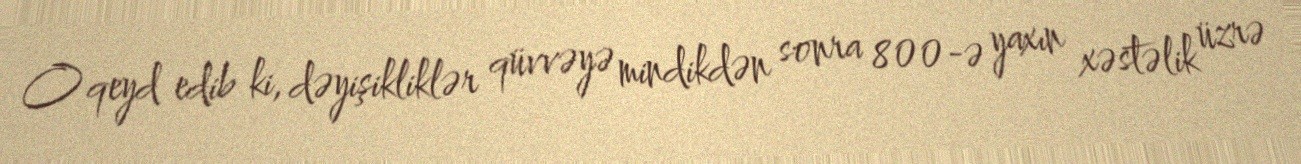
O qeyd edib ki, dəyişikliklər qüvvəyə mindikdən sonra 800-ə yaxın xəstəlik üzrə